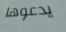
يدعوها